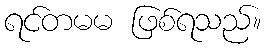
ရင်တမမ ဖြစ်ရသည်။